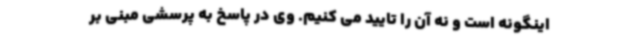
اینگونه است و نه آن را تایید می کنیم. وی در پاسخ به پرسشی مبنی بر